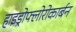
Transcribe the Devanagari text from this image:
हाइड्रोफ्लोरोकार्बन